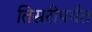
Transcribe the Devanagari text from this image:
तिसरीपर्यंत